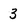
Character: 3